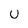
Character: U